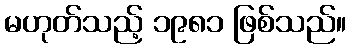
မဟုတ်သည့် ၁၉၈၁ ဖြစ်သည်။